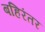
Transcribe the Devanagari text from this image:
बहिरंतर